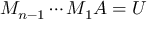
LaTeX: M _ { n - 1 } \cdots M _ { 1 } A = U